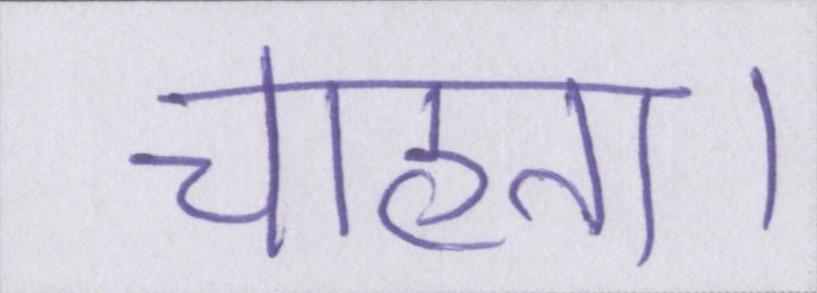
चाहता।